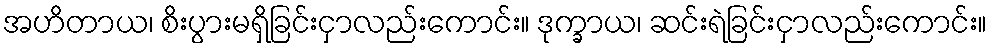
အဟိတာယ၊ စိးပွားမရှိခြင်းငှာလည်းကောင်း။ ဒုက္ခာယ၊ ဆင်းရဲခြင်းငှာလည်းကောင်း။